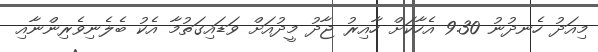
މިއަދު ހެނދުނު 9.30 އެހާކަށް ހާއިރު ޖާދު މީދުއަށް ވަޑައިގަތުމާ އެކު ބެލެނިވެރިންނާއި